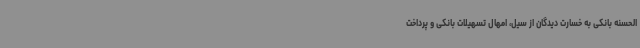
الحسنه بانکی به خسارت دیدگان از سیل، امهال تسهیلات بانکی و پرداخت